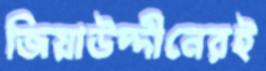
জিয়াউদ্দীনেরই